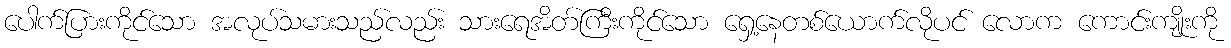
ပေါက်ပြားကိုင်သော အလုပ်သမားသည်လည်း သားရေအိတ်ကြီးကိုင်သော ရှေ့နေတစ်ယောက်လိုပင် လောက ကောင်းကျိုးကို